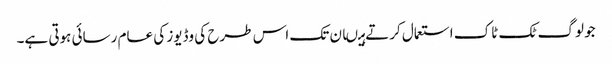
جو لوگ ٹک ٹاک استعمال کرتے ہیںان تک اس طرح کی وڈیوز کی عام رسائی ہوتی ہے۔